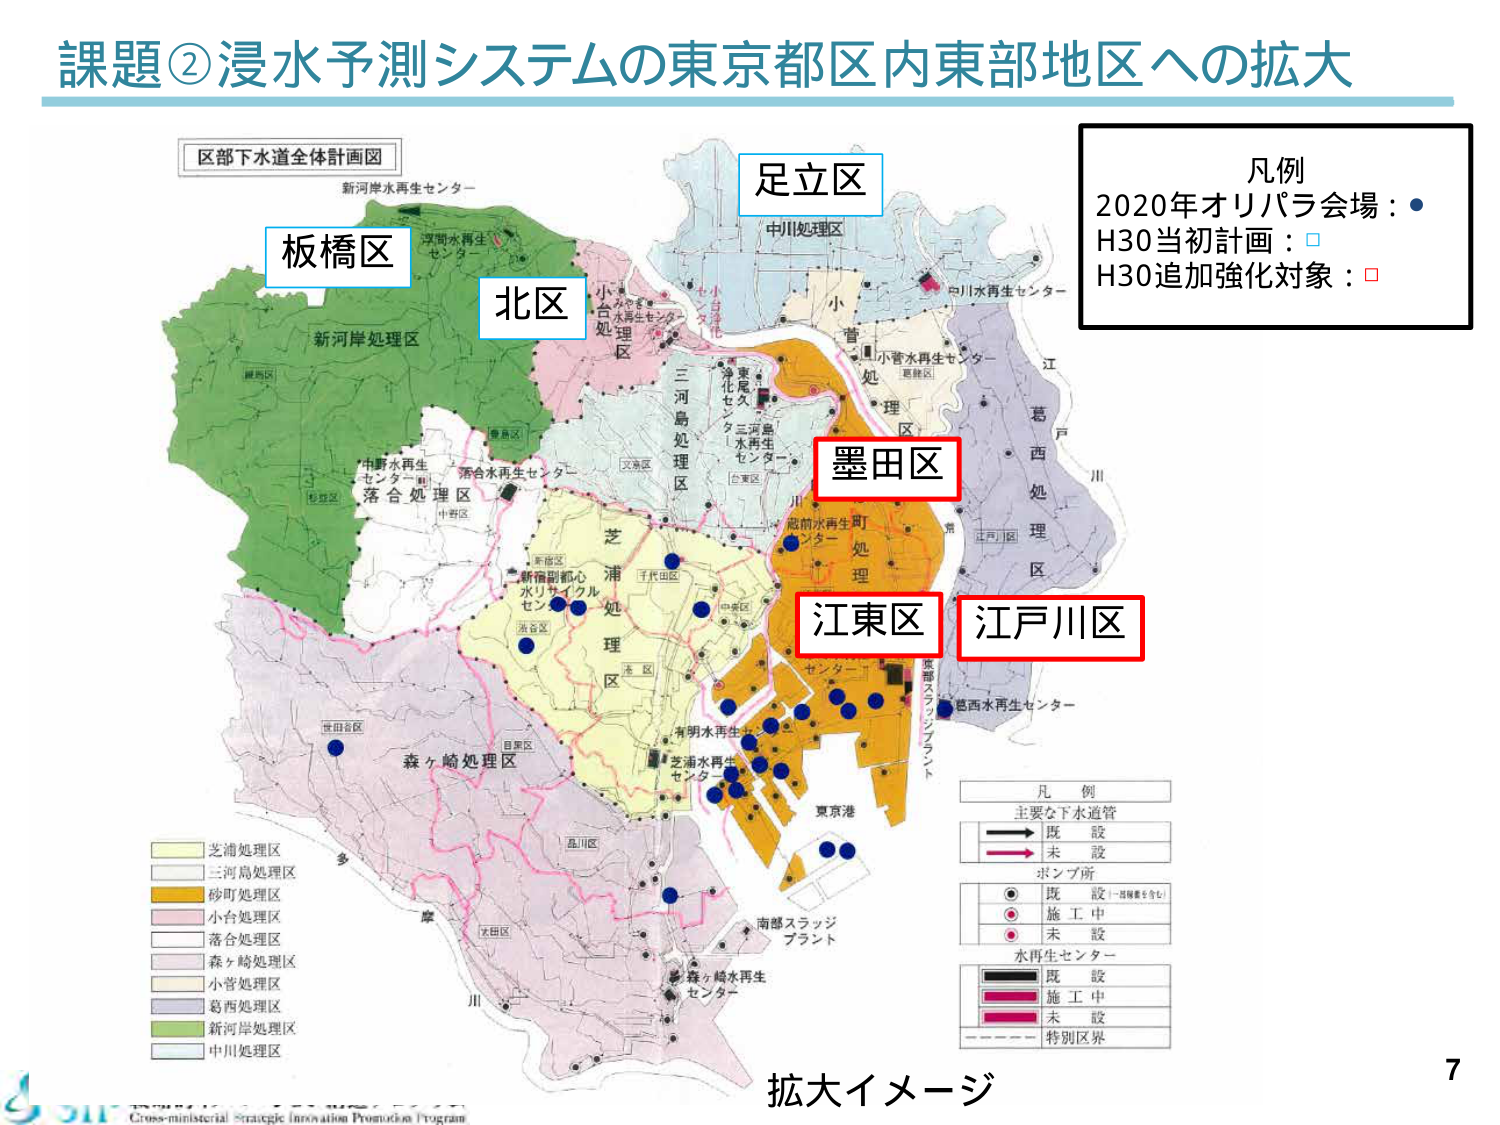
課題②浸水予測システムの東京都区内東部地区への拡大

区部下水道全体計画図

新河岸水再生センター

板橋区

北区

足立区

中川処理区

小菅水再生センター

三河島処理区

浄化センター

東尾久水再生センター

三河島水再生センター

墨田区

江東区

江戸川区

落合処理区

中野水再生センター

新宿副都心水リサイクルセンター

芝浦処理区

有明水再生センター

芝浦水再生センター

東京港

南部スラッジプラント

森ヶ崎処理区

小菅処理区

葛西処理区

新河岸処理区

中川処理区

凡例
2020年オリパラ会場：●
H30当初計画：□
H30追加強化対象：○

凡例
主要な下水道管
→ 既設
→ 未設
ポンプ所
● 既設（一部稼働を含む）
● 施工中
● 未設
水再生センター
■ 既設
■ 施工中
■ 未設
---- 特別区界

芝浦処理区
三河島処理区
砂町処理区
小台処理区
落合処理区
森ヶ崎処理区
小菅処理区
葛西処理区
新河岸処理区
中川処理区

拡大イメージ

7

Cross-ministerial Strategic Innovation Promotion Program